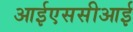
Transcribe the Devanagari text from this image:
आईएससीआई